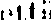
että